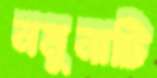
নমুনাটি